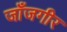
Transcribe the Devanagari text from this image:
जाँजगीर